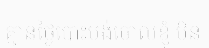
គ្មានថ្ងៃបោះបង់ចោលខ្ញុំ មិន